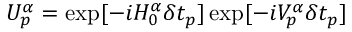
U _ { p } ^ { \alpha } = \exp [ - i H _ { 0 } ^ { \alpha } \delta t _ { p } ] \exp [ - i V _ { p } ^ { \alpha } \delta t _ { p } ]